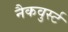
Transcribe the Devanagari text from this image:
नैकवुर्स्ट